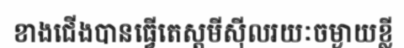
ខាងជើងបានធ្វើតេស្តមីស៊ីលរយៈចម្ងាយខ្លី